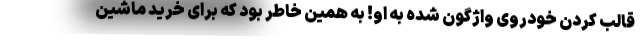
قالب کردن خودروی واژگون شده به او! به همین خاطر بود که برای خرید ماشین